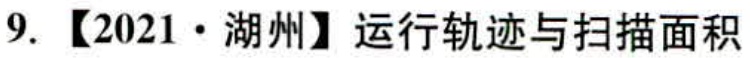
9. 【2021·湖州】运行轨迹与扫描面积